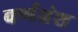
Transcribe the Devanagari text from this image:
वर्णभ्रंश